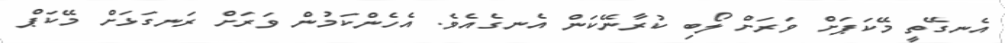
އެނގޭތީ މޭކަޕަށް ވަރަށް ލޯބި ކުރާނޭކަން އެނގެއެވެ. އެހެންކަމުން ވަރަށް ރަނގަޅަށް މޭކަޕް